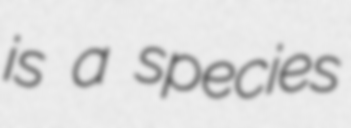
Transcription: is a species